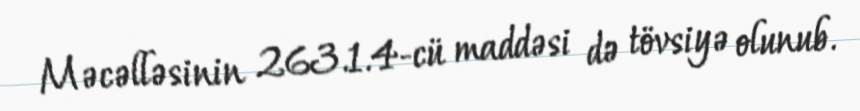
Məcəlləsinin 263.1.4-cü maddəsi də tövsiyə olunub.